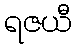
ရဇယီ